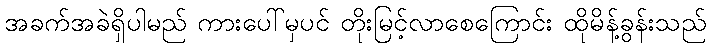
အခက်အခဲရှိပါမည် ကားပေါ်မှပင် တိုးမြင့်လာစေကြောင်း ထိုမိန့်ခွန်းသည်